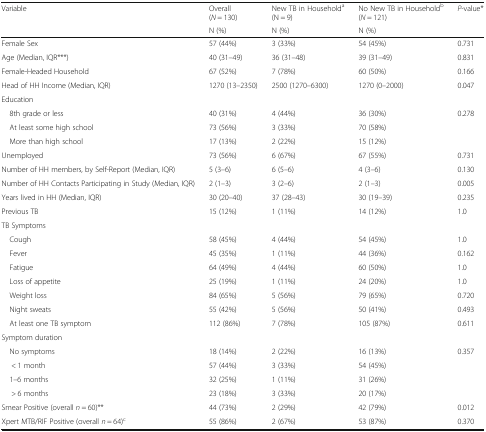
<table><thead><tr><td rowspan="2"><b>Variable</b></td><td><b>Overall (<i>N</i> = 130)</b></td><td><b>New TB in Household<sup>a</sup> (N = 9)</b></td><td><b>No New TB in Household<sup>b</sup> (<i>N</i> = 121)</b></td><td rowspan="2"><b><i>P</i>-value*</b></td></tr><tr><td><b>N (%)</b></td><td><b>N (%)</b></td><td><b>N (%)</b></td></tr></thead><tbody><tr><td>Female Sex</td><td>57 (44%)</td><td>3 (33%)</td><td>54 (45%)</td><td>0.731</td></tr><tr><td>Age (Median, IQR***)</td><td>40 (31–49)</td><td>36 (31–48)</td><td>39 (31–49)</td><td>0.831</td></tr><tr><td>Female-Headed Household</td><td>67 (52%)</td><td>7 (78%)</td><td>60 (50%)</td><td>0.166</td></tr><tr><td>Head of HH Income (Median, IQR)</td><td>1270 (13–2350)</td><td>2500 (1270–6300)</td><td>1270 (0–2000)</td><td>0.047</td></tr><tr><td colspan="5">Education</td></tr><tr><td> 8th grade or less</td><td>40 (31%)</td><td>4 (44%)</td><td>36 (30%)</td><td rowspan="3">0.278</td></tr><tr><td> At least some high school</td><td>73 (56%)</td><td>3 (33%)</td><td>70 (58%)</td></tr><tr><td> More than high school</td><td>17 (13%)</td><td>2 (22%)</td><td>15 (12%)</td></tr><tr><td>Unemployed</td><td>73 (56%)</td><td>6 (67%)</td><td>67 (55%)</td><td>0.731</td></tr><tr><td>Number of HH members, by Self-Report (Median, IQR)</td><td>5 (3–6)</td><td>6 (5–6)</td><td>4 (3–6)</td><td>0.130</td></tr><tr><td>Number of HH Contacts Participating in Study (Median, IQR)</td><td>2 (1–3)</td><td>3 (2–6)</td><td>2 (1–3)</td><td>0.005</td></tr><tr><td>Years lived in HH (Median, IQR)</td><td>30 (20–40)</td><td>37 (28–43)</td><td>30 (19–39)</td><td>0.235</td></tr><tr><td>Previous TB</td><td>15 (12%)</td><td>1 (11%)</td><td>14 (12%)</td><td>1.0</td></tr><tr><td colspan="5">TB Symptoms</td></tr><tr><td> Cough</td><td>58 (45%)</td><td>4 (44%)</td><td>54 (45%)</td><td>1.0</td></tr><tr><td> Fever</td><td>45 (35%)</td><td>1 (11%)</td><td>44 (36%)</td><td>0.162</td></tr><tr><td> Fatigue</td><td>64 (49%)</td><td>4 (44%)</td><td>60 (50%)</td><td>1.0</td></tr><tr><td> Loss of appetite</td><td>25 (19%)</td><td>1 (11%)</td><td>24 (20%)</td><td>1.0</td></tr><tr><td> Weight loss</td><td>84 (65%)</td><td>5 (56%)</td><td>79 (65%)</td><td>0.720</td></tr><tr><td> Night sweats</td><td>55 (42%)</td><td>5 (56%)</td><td>50 (41%)</td><td>0.493</td></tr><tr><td> At least one TB symptom</td><td>112 (86%)</td><td>7 (78%)</td><td>105 (87%)</td><td>0.611</td></tr><tr><td colspan="5">Symptom duration</td></tr><tr><td> No symptoms</td><td>18 (14%)</td><td>2 (22%)</td><td>16 (13%)</td><td rowspan="4">0.357</td></tr><tr><td>&lt; 1 month</td><td>57 (44%)</td><td>3 (33%)</td><td>54 (45%)</td></tr><tr><td> 1–6 months</td><td>32 (25%)</td><td>1 (11%)</td><td>31 (26%)</td></tr><tr><td>&gt; 6 months</td><td>23 (18%)</td><td>3 (33%)</td><td>20 (17%)</td></tr><tr><td>Smear Positive (overall <i>n</i> = 60)**</td><td>44 (73%)</td><td>2 (29%)</td><td>42 (79%)</td><td>0.012</td></tr><tr><td>Xpert MTB/RIF Positive (overall <i>n</i> = 64)<sup>c</sup></td><td>55 (86%)</td><td>2 (67%)</td><td>53 (87%)</td><td>0.370</td></tr></tbody></table>